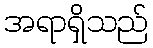
အရာရှိသည်